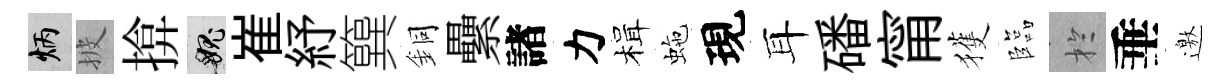
炳披揜愧崔紓簨銅纍諸力楫虵現耳磻甯獲臨扵垂邀